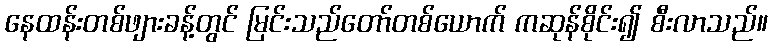
နေထန်းတစ်ဖျားခန့်တွင် မြင်းသည်တော်တစ်ယောက် ကဆုန်စိုင်း၍ စီးလာသည်။